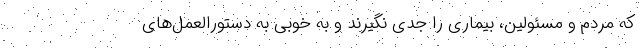
که مردم و مسئولین، بیماری را جدی نگیرند و به خوبی به دستورالعمل‌های